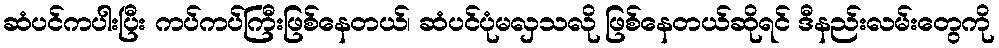
ဆံပင်ကပါးပြီး ကပ်ကပ်ကြီးဖြစ်နေတယ်၊ ဆံပင်ပုံမလှသလို ဖြစ်နေတယ်ဆိုရင် ဒီနည်းလမ်းတွေကို